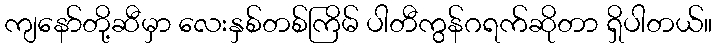
ကျနော်တို့ဆီမှာ လေးနှစ်တစ်ကြိမ် ပါတီကွန်ဂရက်ဆိုတာ ရှိပါတယ်။